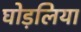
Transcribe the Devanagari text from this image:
घोड़लिया